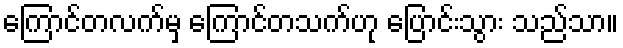
ကြောင်တလက်မှ ကြောင်တသက်ဟု ပြောင်းသွား သည်သာ။